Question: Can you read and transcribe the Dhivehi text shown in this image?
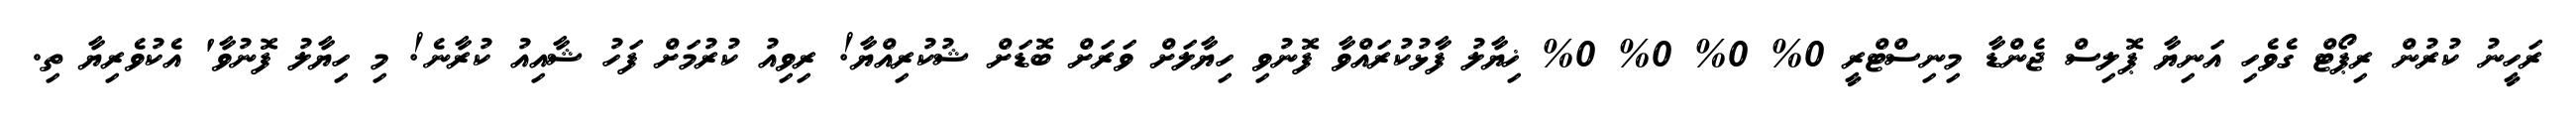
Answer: ރަހީނު ކުރުން ރިޕޯޓް ގެވެހި އަނިޔާ ޕޮލިސް ޖެންޑާ މިނިސްޓްރީ 0% 0% 0% 0% ޚިޔާލު ފާޅުކުރައްވާ ފޮނުވި ހިޔާލަށް ވަރަށް ބޮޑަށް ޝުކުރިއްޔާ! ރިވިއު ކުރުމަށް ފަހު ޝާއިއު ކުރާނެ! މި ހިޔާލު ފޮނުވާ' އެކުވެރިޔާ ތި.